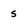
Character: 5